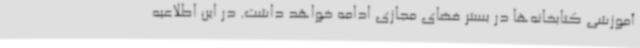
آموزشی کتابخانه‌ها در بستر فضای مجازی ادامه خواهد داشت. در این اطلاعیه